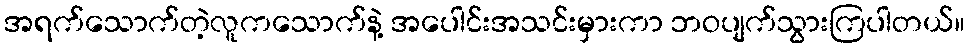
အရက်သောက်တဲ့လူကသောက်နဲ့ အပေါင်းအသင်းမှားကာ ဘဝပျက်သွားကြပါတယ်။